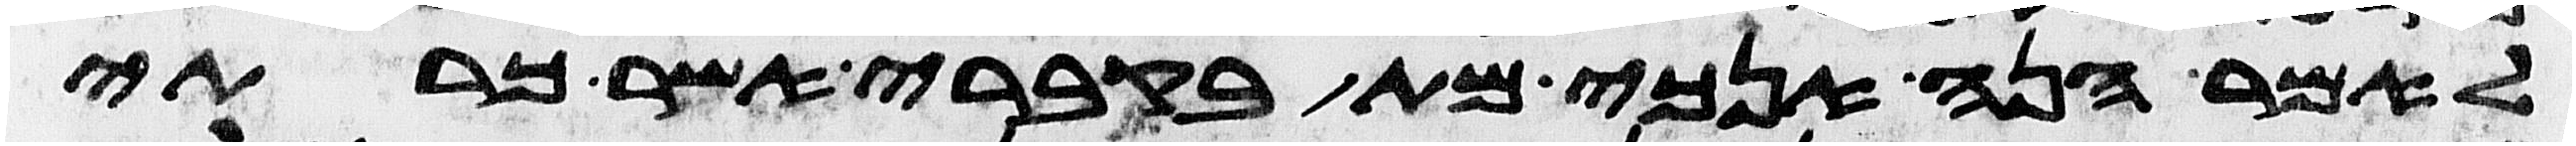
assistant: לאמר הנה אנכי מת בקברי אשר כרתי